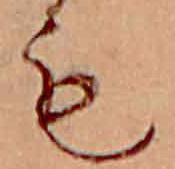
も